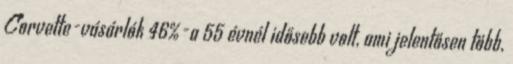
Corvette-vásárlók 46%-a 55 évnél idősebb volt, ami jelentősen több,